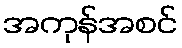
အကုန်အစင်